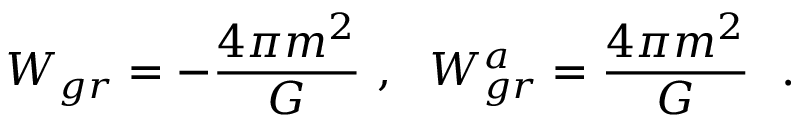
W _ { g r } ^ { } = - { \frac { 4 \pi m ^ { 2 } } { G } } ~ , ~ ~ W _ { g r } ^ { a } = { \frac { 4 \pi m ^ { 2 } } { G } } ~ ~ .